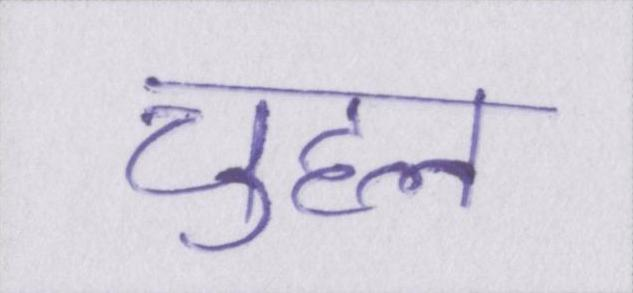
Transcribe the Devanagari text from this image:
चुहल